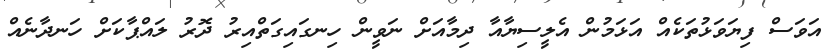
އަވަސް ފިޔަވަޅުތަކެއް އަޅަމުން އެލީސިޔާއާ ދިމާއަށް ނަވީން ހިނގައިގަތްއިރު ދޮރު ލައްޕާކަށް ހަނދާނެއް